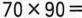
$$7 0 \times 9 0 =$$